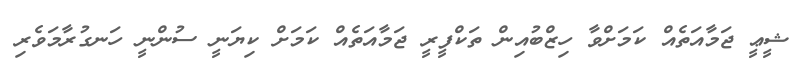
ޝީޢީ ޖަމާއަތެއް ކަމަށްވާ ހިޒްބުއިން ތަކްފީރީ ޖަމާއަތެއް ކަމަށް ކިޔަނީ ސުންނީ ހަނގުރާމަވެރި